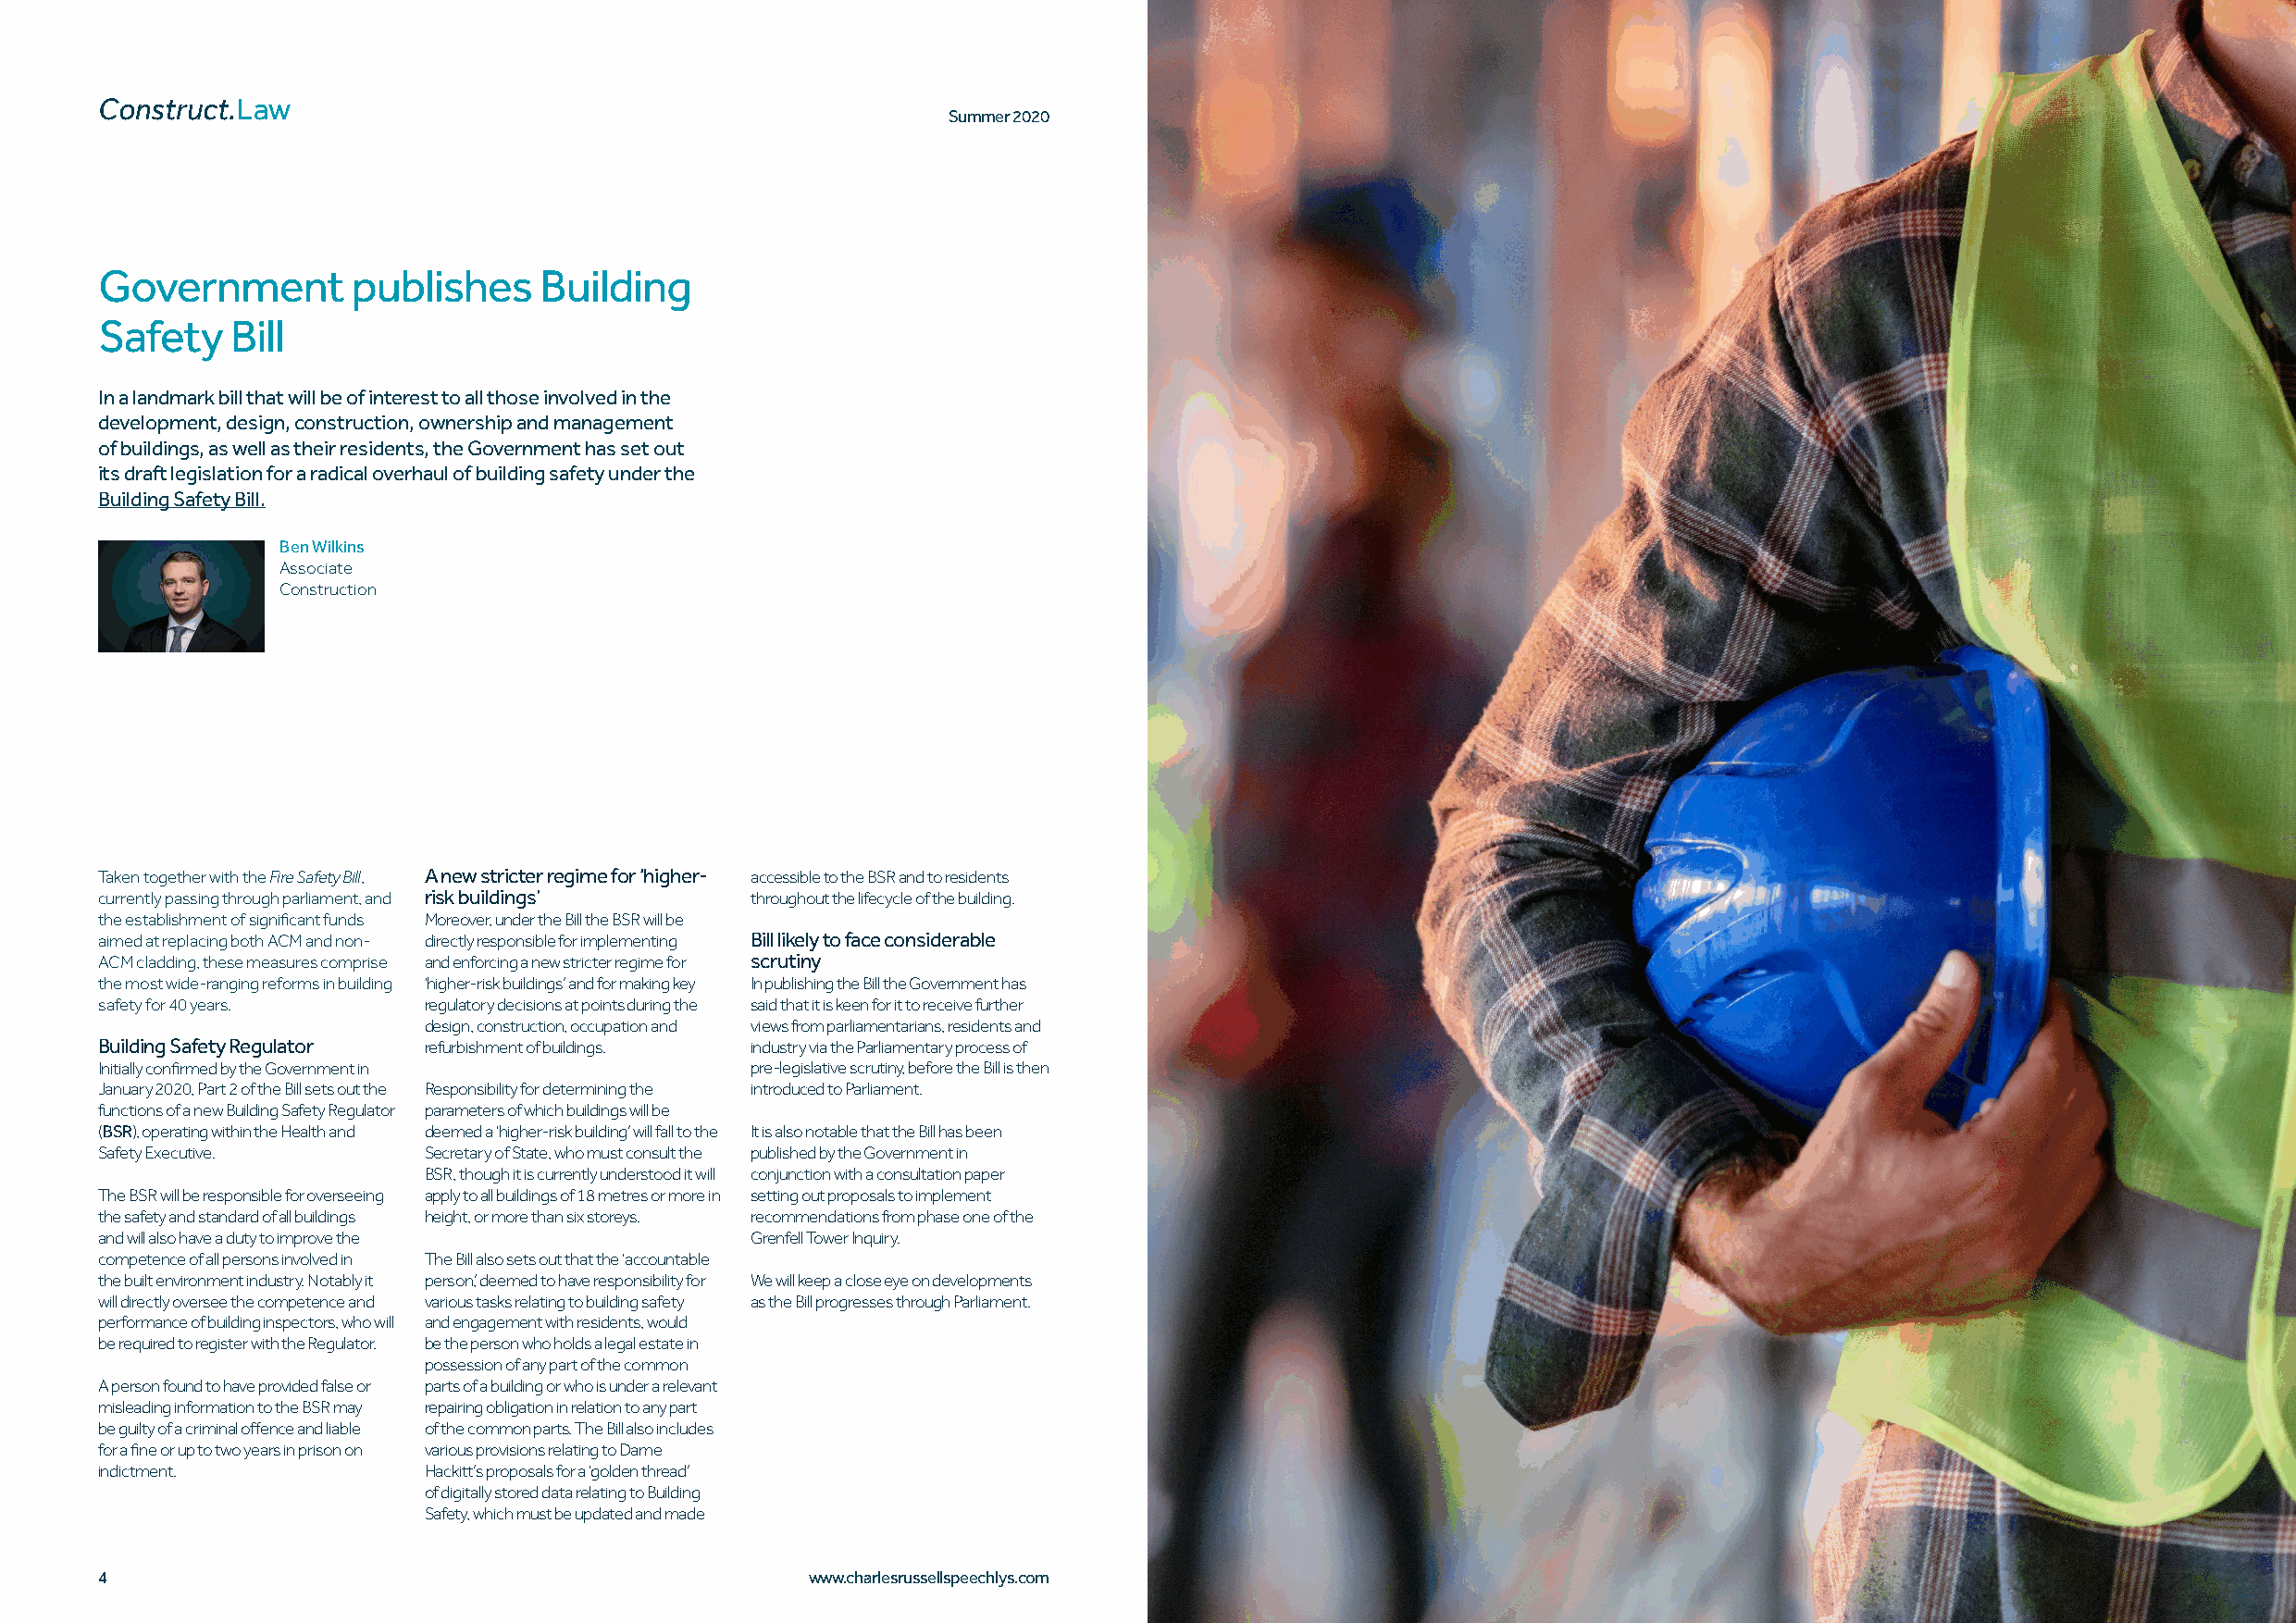
Construct.                                                                                                                              Construct.
 Law                                                                                                                                     Law
 Summer 2020          Summer 2020
 Government        publishes     Building
 Safety   Bill
 In a landmark bill that will be of interest to all those involved in the
 development, design, construction, ownership and management
 of buildings, as well as their residents, the Government has set out
 its draft legislation for a radical overhaul of building safety under the
 Building Safety Bill.
 Ben Wilkins
 Associate
 Construction
 Fire Safety Bill
 Taken together with the , A new stricter regime for ‘higher- accessible to the BSR and to residents
 currently passing through parliament, and risk buildings’ throughout the lifecycle of the building.
 the establishment of significant funds Moreover, under the Bill the BSR will be
 aimed at replacing both ACM and non- directly responsible for implementing Bill likely to face considerable
 ACM cladding, these measures comprise and enforcing a new stricter regime for scrutiny
 the most wide-ranging reforms in building ‘higher-risk buildings’ and for making key In publishing the Bill the Government has
 safety for 40 years.   regulatory decisions at points during the said that it is keen for it to receive further
 design, construction, occupation and views from parliamentarians, residents and
 Building Safety Regulator refurbishment of buildings. industry via the Parliamentary process of
 Initially confirmed by the Government in       pre-legislative scrutiny, before the Bill is then
 January 2020, Part 2 of the Bill sets out the Responsibility for determining the introduced to Parliament.
 functions of a new Building Safety Regulator parameters of which buildings will be
 (BSR), operating within the Health and deemed a ‘higher-risk building’ will fall to the It is also notable that the Bill has been
 Safety Executive.      Secretary of State, who must consult the published by the Government in
 BSR, though it is currently understood it will conjunction with a consultation paper
 The BSR will be responsible for overseeing apply to all buildings of 18 metres or more in setting out proposals to implement
 the safety and standard of all buildings height, or more than six storeys. recommendations from phase one of the
 and will also have a duty to improve the       Grenfell Tower Inquiry.
 competence of all persons involved in The Bill also sets out that the ‘accountable
 the built environment industry. Notably it person’, deemed to have responsibility for We will keep a close eye on developments
 will directly oversee the competence and various tasks relating to building safety as the Bill progresses through Parliament.
 performance of building inspectors, who will and engagement with residents, would
 be required to register with the Regulator. be the person who holds a legal estate in
 possession of any part of the common
 A person found to have provided false or parts of a building or who is under a relevant
 misleading information to the BSR may repairing obligation in relation to any part
 be guilty of a criminal offence and liable of the common parts. The Bill also includes
 for a fine or up to two years in prison on various provisions relating to Dame
 indictment.            Hackitt’s proposals for a ‘golden thread’
 of digitally stored data relating to Building
 Safety, which must be updated and made
 4                                                  www.charlesrussellspeechlys.com www.charlesrussellspeechlys.com                                   5